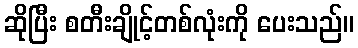
ဆိုပြီး စတီးချိုင့်တစ်လုံးကို ပေးသည်။